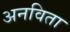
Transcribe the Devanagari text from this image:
अनविता